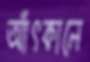
আঁৎকালে